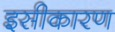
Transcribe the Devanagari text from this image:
इसीकारण